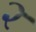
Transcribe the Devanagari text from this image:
२